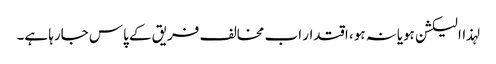
لہذاالیکشن ہویانہ ہو، اقتدار اب مخالف فریق کے پاس جارہا ہے۔